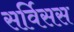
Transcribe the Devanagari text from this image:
सर्विसस